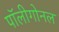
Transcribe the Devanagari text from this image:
पॉलीगोनल